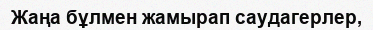
Жаңа бұлмен жамырап саудагерлер,